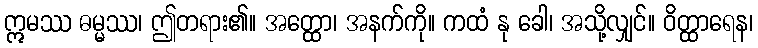
ဣမဿ ဓမ္မဿ၊ ဤတရား၏။ အတ္ထော၊ အနက်ကို။ ကထံ နု ခေါ၊ အသို့လျှင်။ ဝိတ္ထာရေန၊